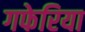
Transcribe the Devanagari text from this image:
गफेरिया